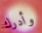
وأدرك